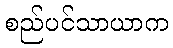
စည်ပင်သာယာက